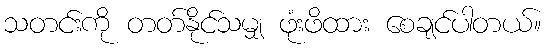
သတင်းကို တတ်နိုင်သမျှ ဖုံးဖိထား စေချင်ပါတယ်။